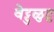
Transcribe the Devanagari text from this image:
वेट्टुळुतु